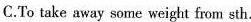
C.'To take away some weight fron: sth.